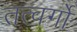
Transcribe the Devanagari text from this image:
तत्वर्गों